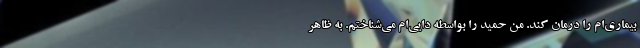
بیماری‌ام را درمان کند. من حمید را بواسطه دایی‌ام می‌شناختم. به ظاهر